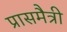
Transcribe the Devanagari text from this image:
प्रासमैत्री